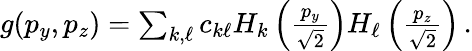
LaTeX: \begin{array}{r}{g(p_{y},p_{z})=\sum_{k,\ell}c_{k\ell}H_{k}\left(\frac{p_{y}}{\sqrt{2}}\right)H_{\ell}\left(\frac{p_{z}}{\sqrt{2}}\right)\, .}\end{array}